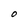
Character: O